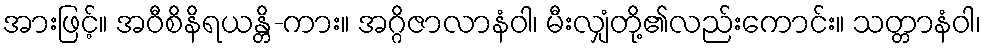
အားဖြင့်။ အဝီစိနိရယန္တိ-ကား။ အဂ္ဂိဇာလာနံဝါ၊ မီးလျှံတို့၏လည်းကောင်း။ သတ္တာနံဝါ၊